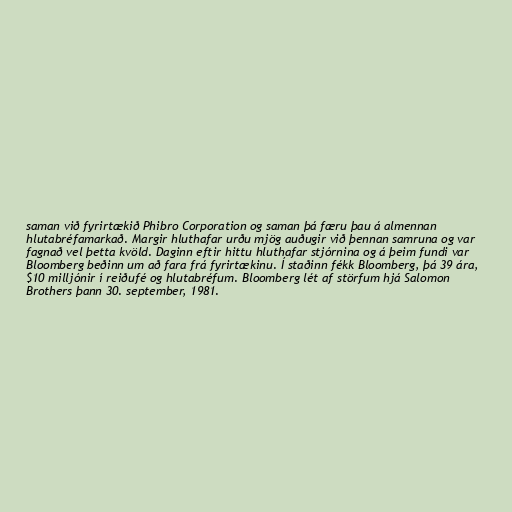
saman við fyrirtækið Phibro Corporation og saman þá færu þau á almennan
hlutabréfamarkað. Margir hluthafar urðu mjög auðugir við þennan samruna og var
fagnað vel þetta kvöld. Daginn eftir hittu hluthafar stjórnina og á þeim fundi var
Bloomberg beðinn um að fara frá fyrirtækinu. Í staðinn fékk Bloomberg, þá 39 ára,
$10 milljónir í reiðufé og hlutabréfum. Bloomberg lét af störfum hjá Salomon
Brothers þann 30. september, 1981.